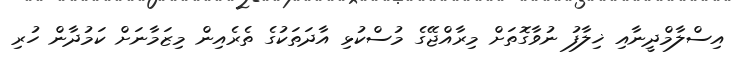
އިސްލާމްދީނާއި ޚިލާފު ނުވާގޮތަށް މިރާއްޖޭގެ މުސްކުޅި އާދަތަކުގެ ތެރެއިން މިޒަމާނަށް ކަމުދާން ހުރި